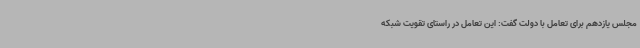
مجلس یازدهم برای تعامل با دولت گفت:‌ این تعامل در راستای تقویت شبکه